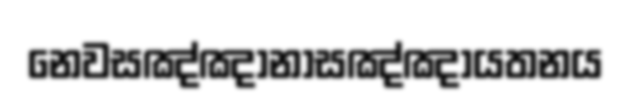
නෙවසඤ්ඤානාසඤ්ඤායතනය